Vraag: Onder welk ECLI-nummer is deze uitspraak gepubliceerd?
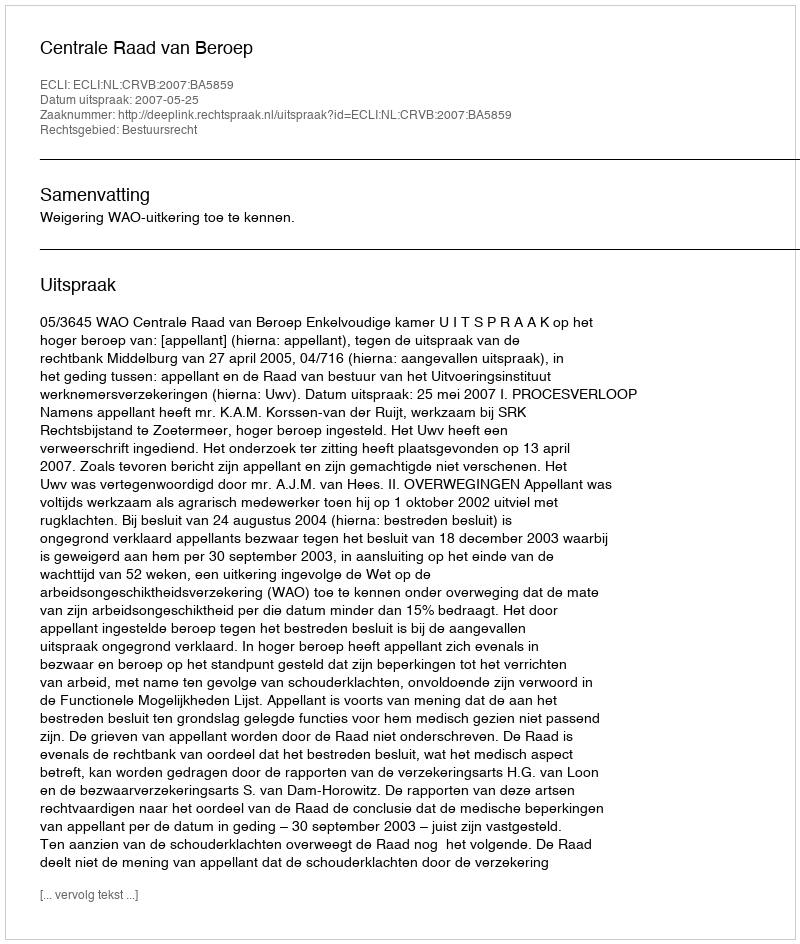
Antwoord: ECLI:NL:CRVB:2007:BA5859